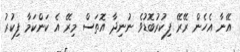
އޭނާ އެހެން ރޭރޭ ފިކުރުބޮޑުވެ ނުނިދާ އޮތަސް މިރޭ އެ ކަންކަމާ ފިކުރު